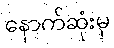
နောက်ဆုံးမှ